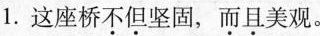
1.这座桥不但坚固，而且美观。